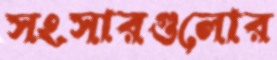
সংসারগুলোর